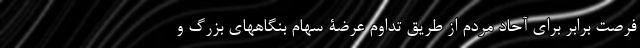
فرصت برابر برای آحاد مردم از طریق تداوم عرضة سهام بنگاههای بزرگ و